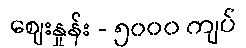
စျေးနှုန်း - ၅၀၀၀ ကျပ်